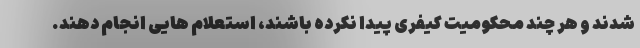
شدند و هر چند محکومیت کیفری پیدا نکرده باشند، استعلام هایی انجام دهند.